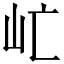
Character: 𡵀